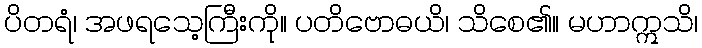
ပိတရံ၊ အဖရသေ့ကြီးကို။ ပတိဗောဓယိ၊ သိစေ၏။ မဟာဣသိ၊